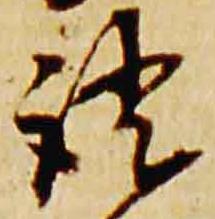
証